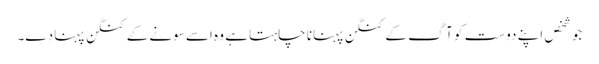
جو شخص اپنے دوست کو آگ کے کنگن پہنانا چاہتا ہے وہ اسے سونے کے کنگن پہنا دے۔